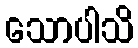
သောပါသိ